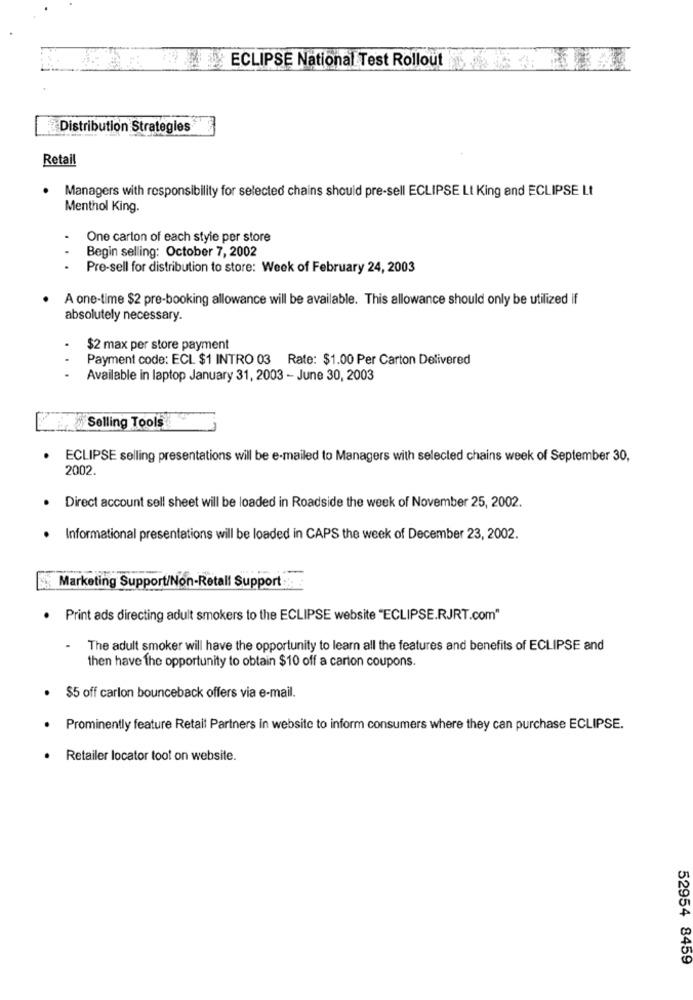
ECLIPSE National Test Rollout
Distribution Strategies*
Retail
Managers with responsibility for selected chains should pre-sell ECLIPSE Lt King and ECLIPSE Lt
Menthol King.
One carton of each style per store
Begin selling: October 7, 2002
...
.
Pre-sell for distribution to store: Week of February 24, 2003
A one-time $2 pre-booking allowance will be available. This allowance should only be utilized if
absolutely necessary.
$2 max per store payment
..
Payment code: ECL $1 INTRO 03 Rate: $1.00 Per Carton Delivered
Available in laptop January 31, 2003 - June 30, 2003
Selling Tools
ECLIPSE selling presentations will be e-mailed to Managers with selected chains week of September 30,
2002.
Direct account sell sheet will be loaded in Roadside the week of November 25, 2002.
Informational presentations will be loaded in CAPS the week of December 23, 2002.
Marketing Support/Non-Retall Support :::
Print ads directing adult smokers to the ECLIPSE website "ECLIPSE.RJRT.com"
The adult smoker will have the opportunity to learn all the features and benefits of ECLIPSE and
then have the opportunity to obtain $10 off a carton coupons.
$5 off carlon bounceback offers via e-mail.
Prominently feature Retait Partners in website to inform consumers where they can purchase ECLIPSE.
Retailer locator toot on website.
52954 8459